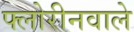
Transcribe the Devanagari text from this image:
फ्लोरीनवाले